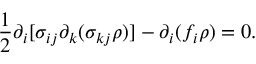
\frac { 1 } { 2 } \partial _ { i } [ \sigma _ { i j } \partial _ { k } ( \sigma _ { k j } \rho ) ] - \partial _ { i } ( f _ { i } \rho ) = 0 .